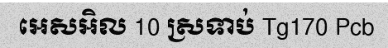
អេសអិល 10 ស្រទាប់ Tg170 Pcb